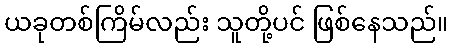
ယခုတစ်ကြိမ်လည်း သူတို့ပင် ဖြစ်နေသည်။